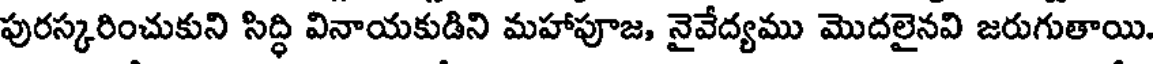
పురస్కరించుకుని సిద్ధి వినాయకుడిని మహాపూజ, నైవేద్యము మొదలైనవి జరుగుతాయి.